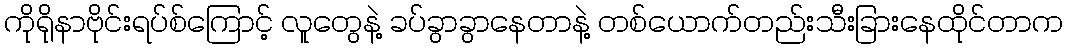
ကိုရိုနာဗိုင်းရပ်စ်ကြောင့် လူတွေနဲ့ ခပ်ခွာခွာနေတာနဲ့ တစ်ယောက်တည်းသီးခြားနေထိုင်တာက